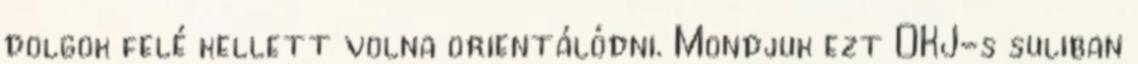
dolgok felé kellett volna orientálódni. Mondjuk ezt OKJ-s suliban